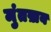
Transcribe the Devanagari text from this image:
मुंतख़ब